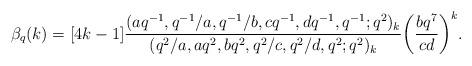
LaTeX: \begin{align*}\beta_q(k)=[4k-1]\frac{(aq^{-1},q^{-1}/a,q^{-1}/b,cq^{-1},dq^{-1},q^{-1};q^2)_k}{(q^2/a,aq^2,bq^2,q^2/c,q^2/d,q^2;q^2)_k}\bigg(\frac{bq^7}{cd}\bigg)^k.\end{align*}